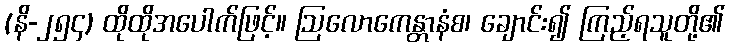
(နိ-၂၅၄) ထိုထိုအပေါက်ဖြင့်။ ဩလောကေန္တာနံစ၊ ချောင်း၍ ကြည့်ရသူတို့၏